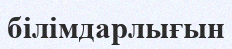
білімдарлығын